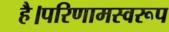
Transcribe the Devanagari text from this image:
है।परिणामस्वरूप